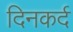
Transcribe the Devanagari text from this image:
दिनकर्द